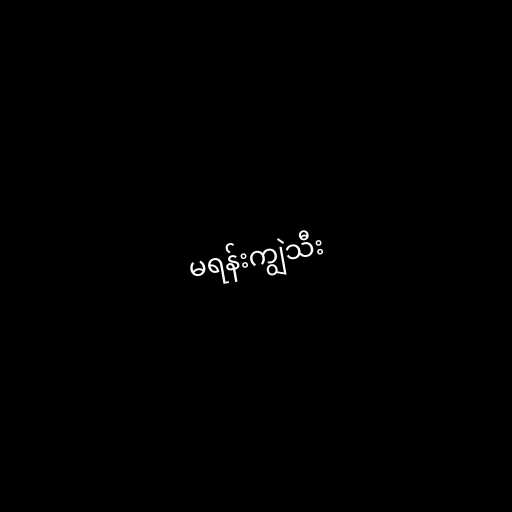
မရန်းကျွဲသီး